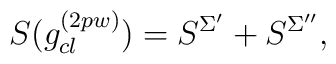
S(g_{cl}^{(2pw)})=S^{\Sigma '}+S^{\Sigma ''},